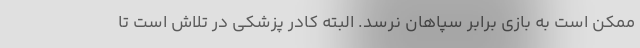
ممکن است به بازی برابر سپاهان نرسد. البته کادر پزشکی در تلاش است تا